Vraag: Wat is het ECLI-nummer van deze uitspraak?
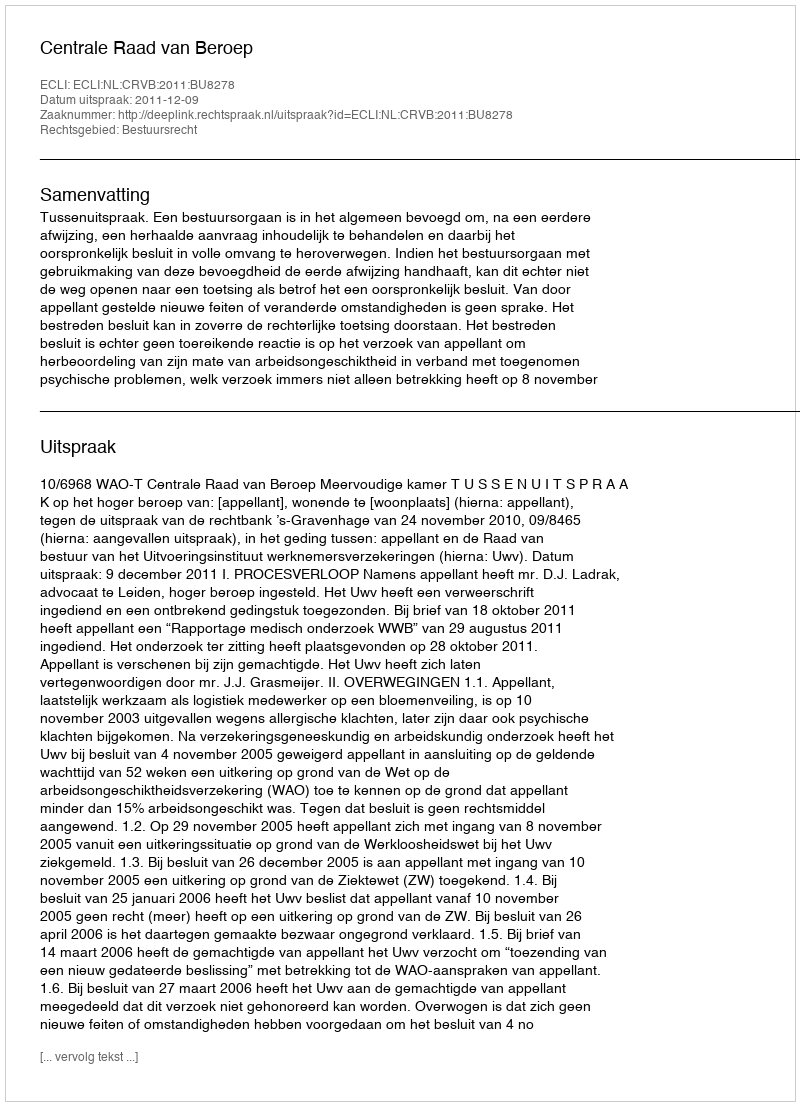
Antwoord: ECLI:NL:CRVB:2011:BU8278